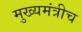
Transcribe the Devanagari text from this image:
मुख्यमंत्रीच